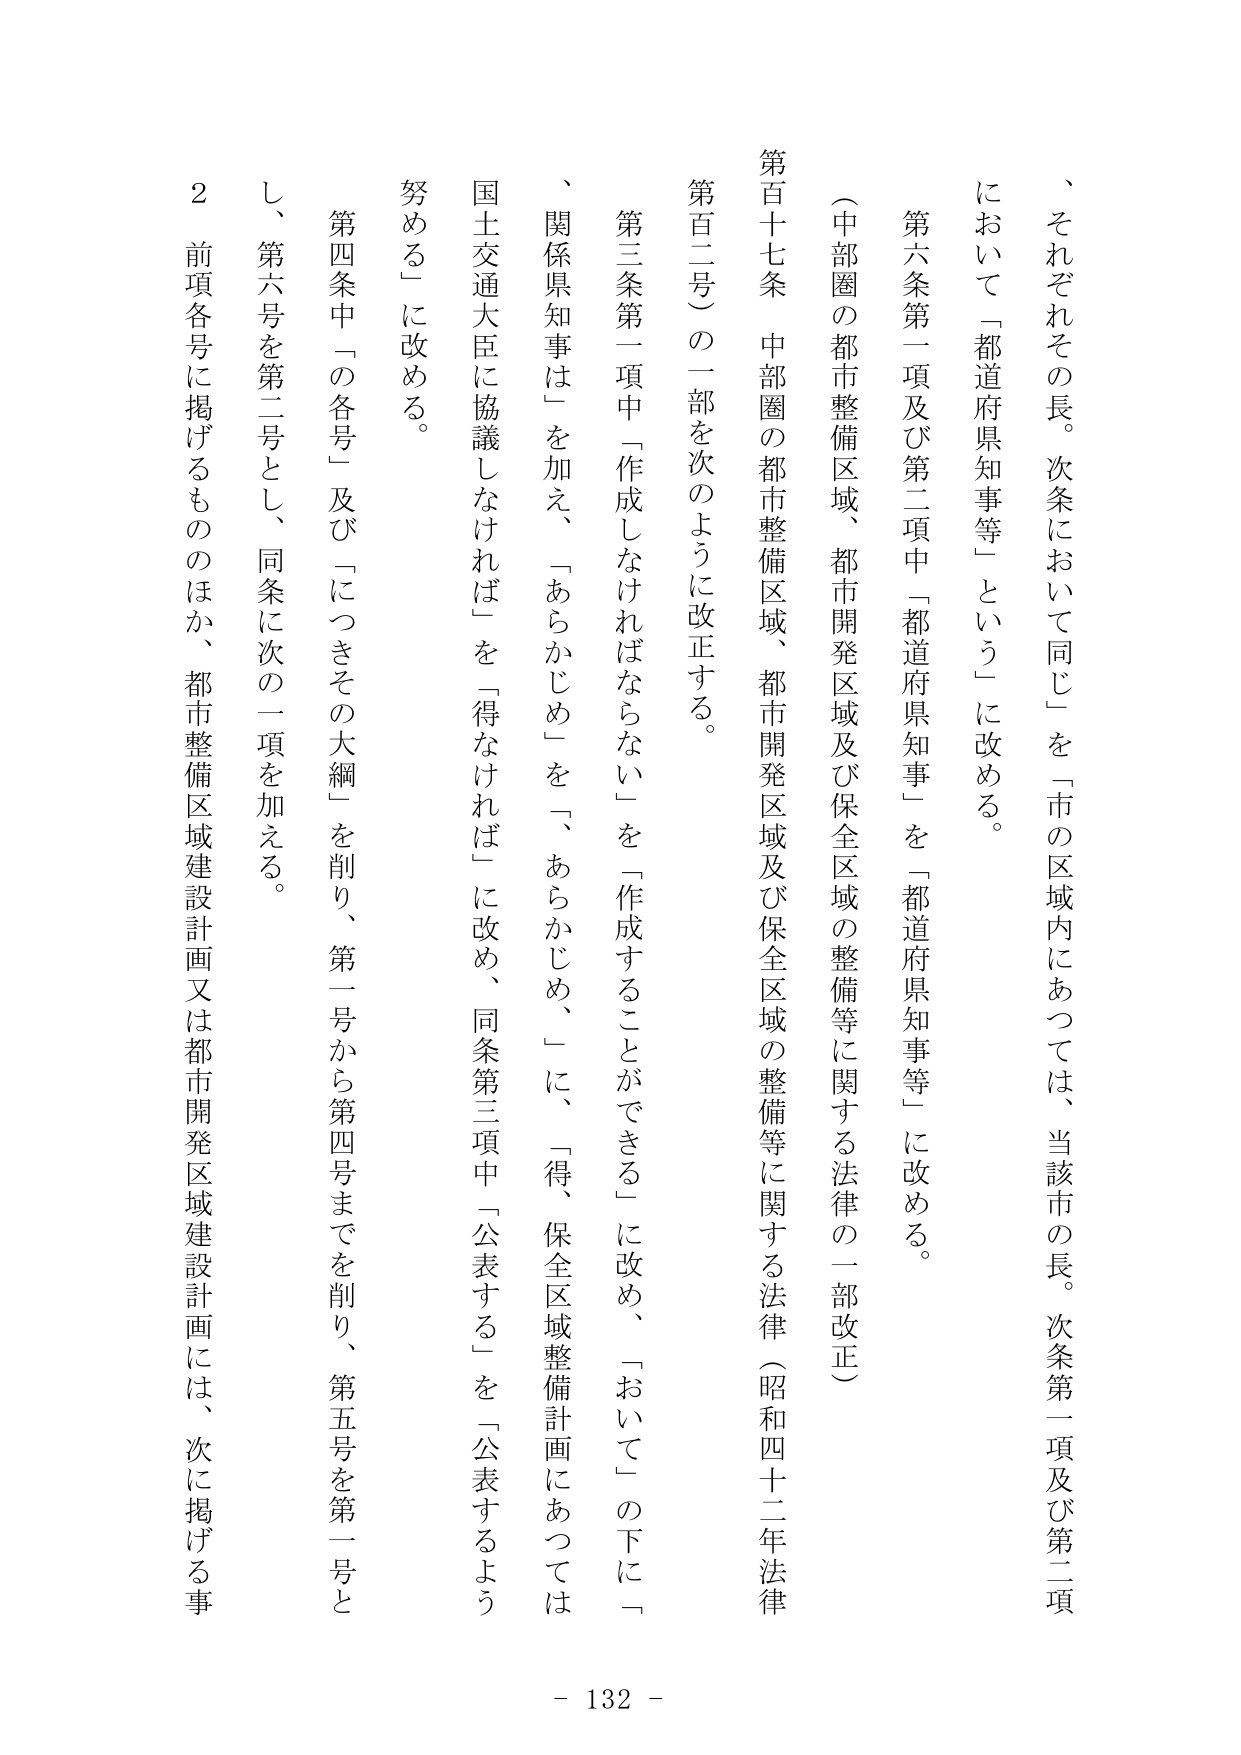
、それぞれその長。次条において同じ」を「市の区域内にあっては、当該市の長。次条第一項及び第二項において「都道府県知事等」という」に改める。

第六条第一項及び第二項中「都道府県知事」を「都道府県知事等」に改める。

（中部圏の都市整備区域、都市開発区域及び保全区域の整備等に関する法律の一部改正）

第百十七条　中部圏の都市整備区域、都市開発区域及び保全区域の整備等に関する法律（昭和四十二年法律第百二号）の一部を次のように改正する。

第三条第一項中「作成しなければならない」を「作成することができる」に改め、「おいて」の下に「、関係県知事は」を加え、「あらかじめ」を「、あらかじめ、」に、「得、保全区域整備計画にあっては国土交通大臣に協議しなければ」を「得なければ」に改め、同条第三項中「公表する」を「公表するよう努める」に改める。

第四条中「の各号」及び「につきその大綱」を削り、第一号から第四号までを削り、第五号を第一号とし、第六号を第二号とし、同条に次の一項を加える。

２　前項各号に掲げるもののほか、都市整備区域建設計画又は都市開発区域建設計画には、次に掲げる事

- 132 -